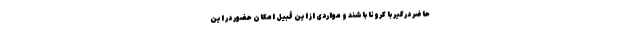
حاضر درگیر با کرونا باشند و مواردی از این قبیل امکان حضور در این